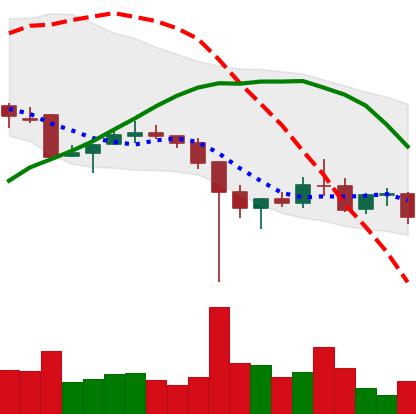
Ticker: XRP-USD
Chart end date: 2021-12-13
Forward return: 5.682%
Label: up_5_7